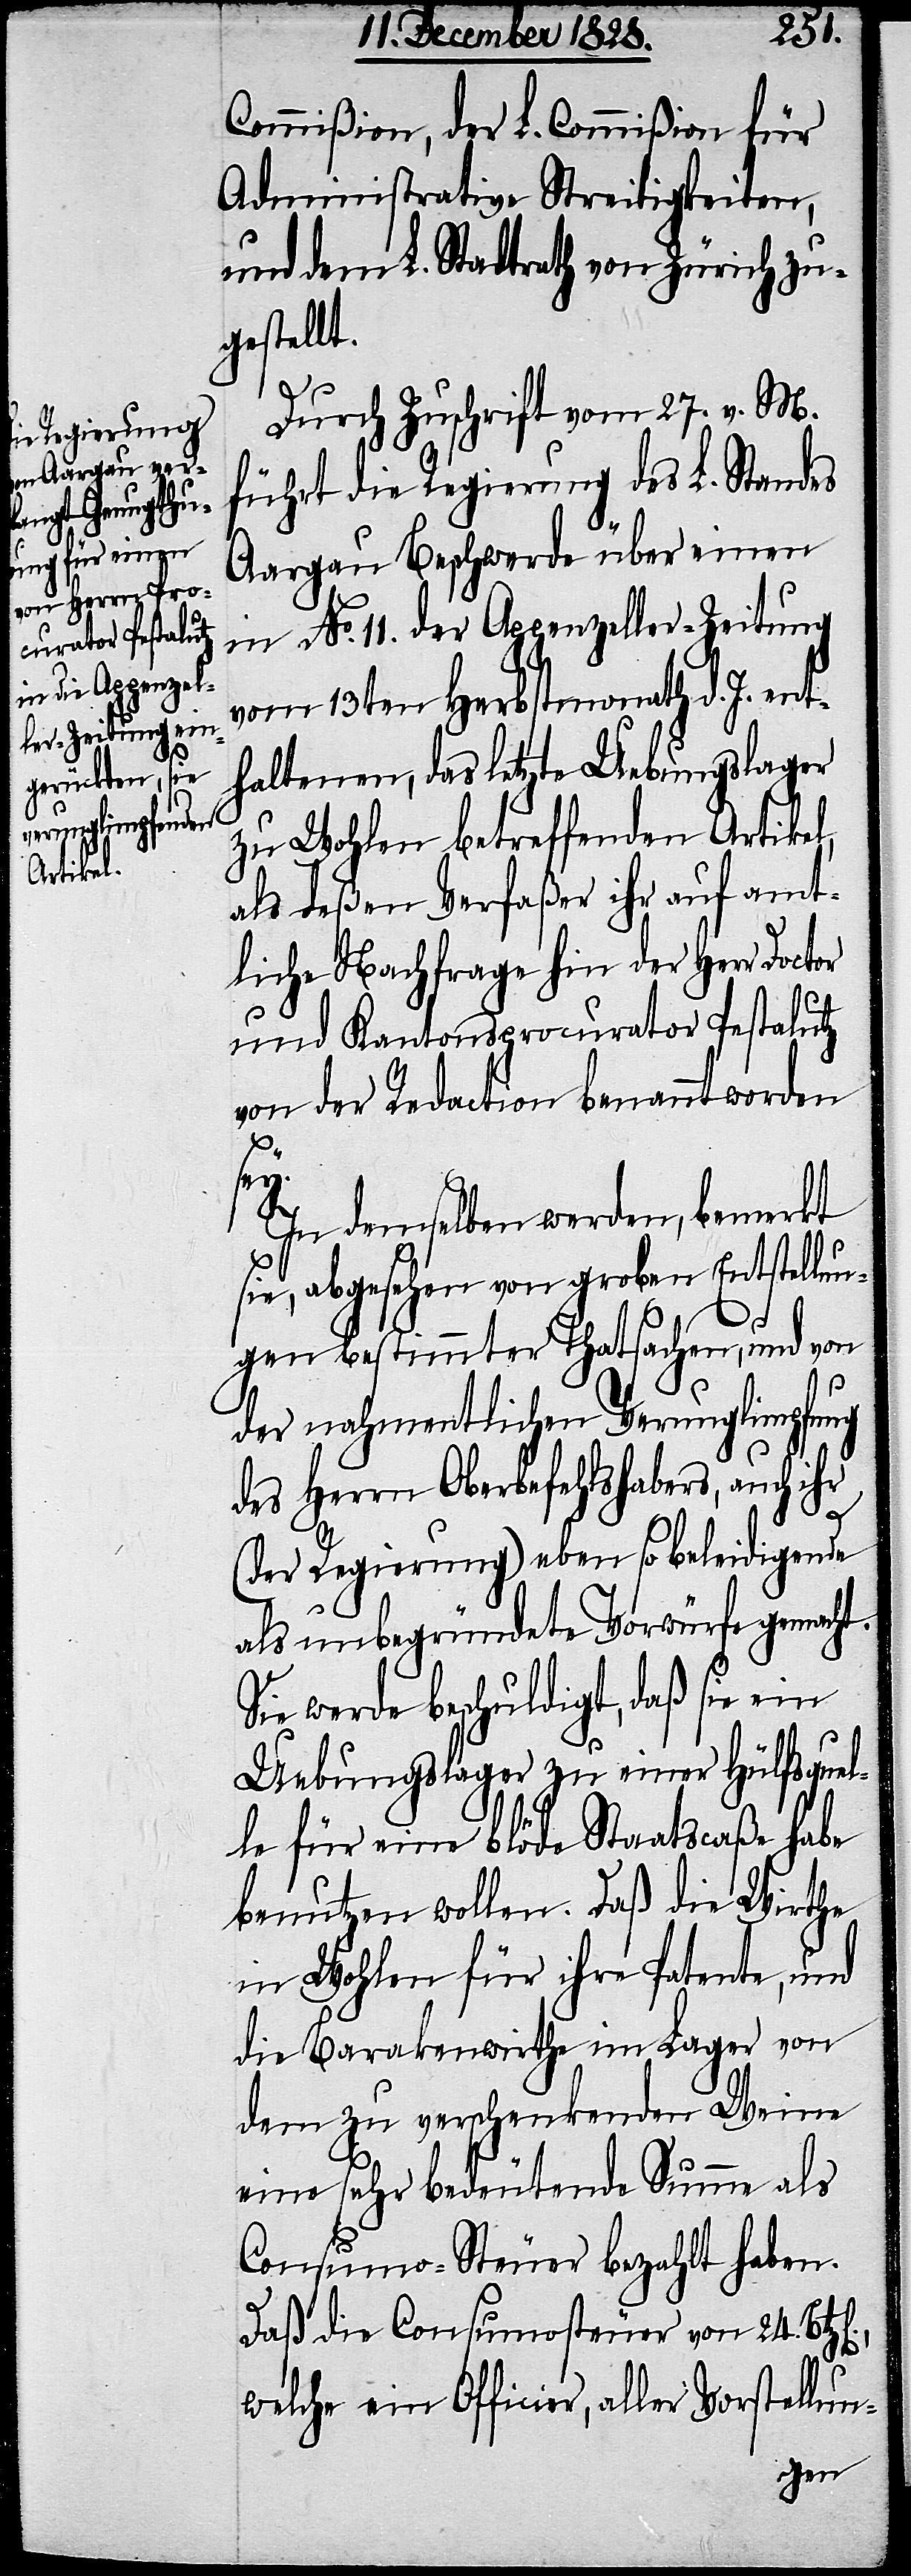
Commißion, der L. Commißion für
Administrative Streitigkeiten,
und dem L. Stadtrath von Zürich zu¬
gestellt.
Durch Zuschrift vom 12. v. M.
führt die Regierung des L. Standes
Aargau Beschwerde über einen
in No. 11. der Appenzeller-Zeitung
vom 13ten Herbstmonath d. J. ent¬
haltenen, das letzte Uebungslager
zu Wohlen betreffenden Artikel,
als deßen Verfaßer ihr auf amt¬
liche Nachfrage hin der Herr
und Kantonsprocurator Pestalutz
von der Redaction benannt worden
ey.
In demselben werden, bemerkt
sie, abgesehen von groben Entstellun¬
gen bestimmter Thatsachen, und von
der nahmentlichen Verunglimpfung
des Herrn Oberbefehlshabers, auch ihr
(der Regierung) eben so beleidigende
als unbegründete Vorwürfe gemacht.
Sie werde beschuldigt, daß sie ein
Uebungslager zu einer Hülfsquel¬
le für eine blöde Staatscaße habe
benutzen wollen. Daß die Wirthe
in Wohlen für ihre Patente, und
die Barakenwirthe im Lager von
dem zu verschenkenden Weine
eine sehr bedeutende Summe als
Consumo-Steuer bezahlt haben.
Daß die Consumosteuer von 24.
welche ein Officier, aller Vorstellun-